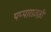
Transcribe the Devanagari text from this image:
पप्पाराज्ज़ी